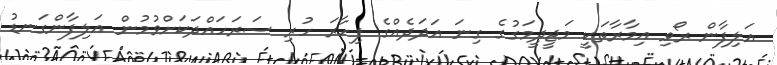
އަލިފާން ރޯވި އިމާރާތަކީ މަޖީދީމަގުގެ ގިނަ އަދަދެއްގެ ފިހާރަ ހުރި ސަރަހައްދަކަށްވުމުން އަލިފާންގަނޑު